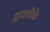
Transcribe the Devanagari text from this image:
द्वादशीके